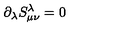
{ \partial } _ { \lambda } S _ { { \mu } { \nu } } ^ { \lambda } = 0